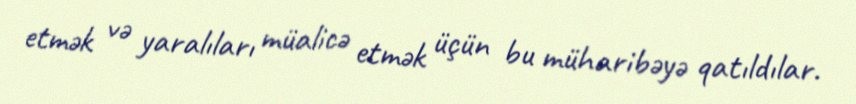
etmək və yaralıları müalicə etmək üçün bu müharibəyə qatıldılar.